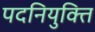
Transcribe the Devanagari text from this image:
पदनियुक्ति